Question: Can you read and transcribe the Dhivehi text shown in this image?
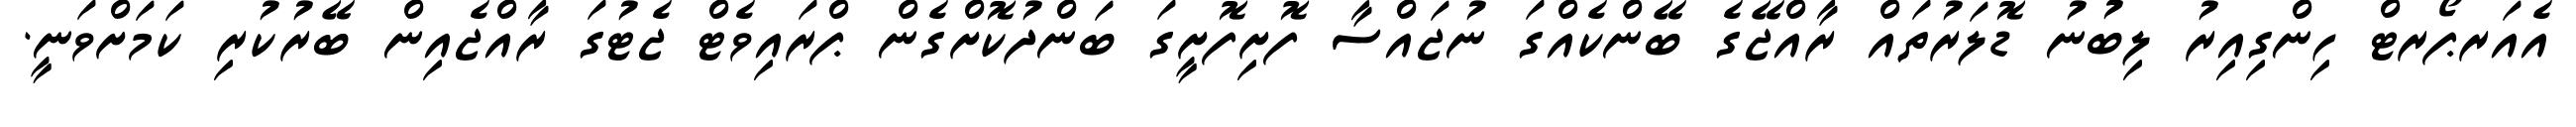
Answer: އެއަރޕޯރޓް ހިންގިއިރު ލިބުނު ޑޮލަރުތައް ރާއްޖޭގެ ބޭންކެއްގަ ނުޖައްސާ ފޮށިފޮށީގަ ބަންދުކޮށްގެން ޕްރައިވެޓް ޖެޓުގަ ރާއްޖެއިން ބޭރުކުރި ކަމަށްވަނީ.